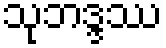
သုဘဒ္ဒဿ